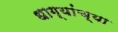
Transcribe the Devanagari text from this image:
धाग्यांच्या